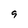
Character: 9